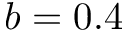
b = 0 . 4